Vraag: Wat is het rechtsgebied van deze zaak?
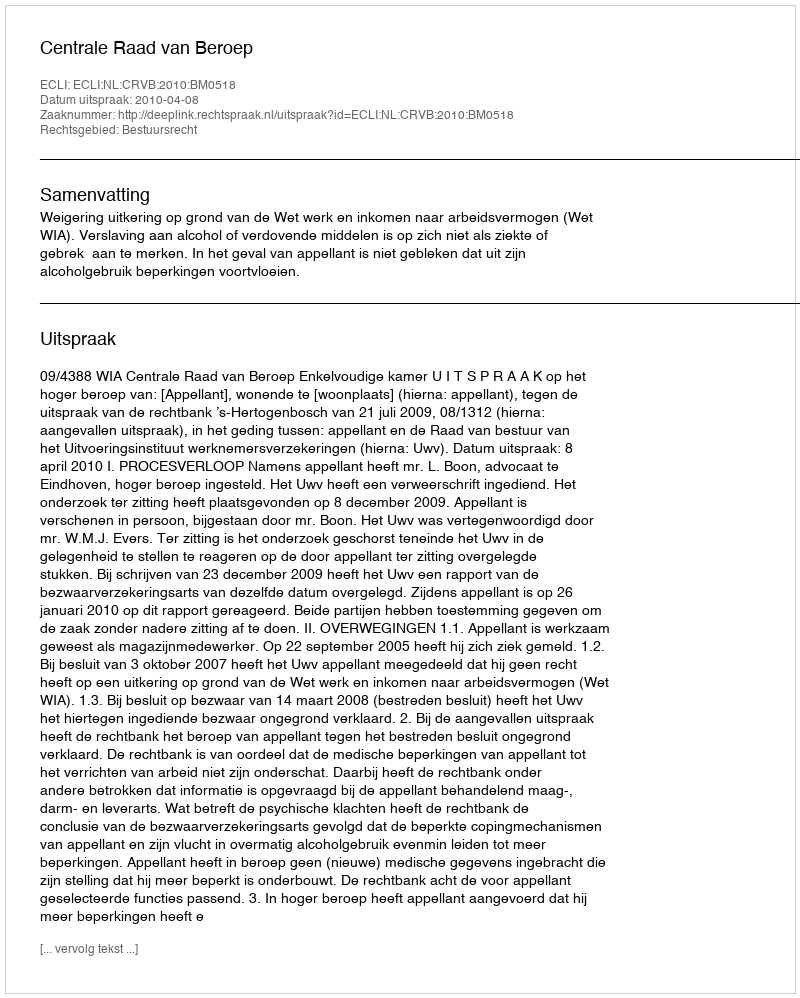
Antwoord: Bestuursrecht